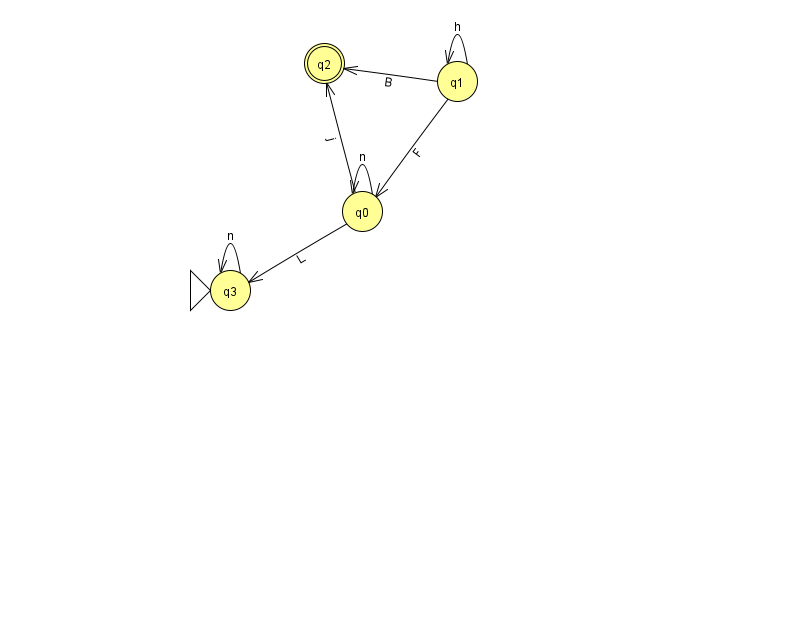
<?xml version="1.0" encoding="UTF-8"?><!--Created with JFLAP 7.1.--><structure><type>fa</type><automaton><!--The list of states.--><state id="0" name="q0"><x>362.0</x><y>198.0</y></state><state id="1" name="q1"><x>457.0</x><y>68.0</y></state><state id="2" name="q2"><x>324.0</x><y>50.0</y><final/></state><state id="3" name="q3"><x>230.0</x><y>277.0</y><initial/></state><!--The list of transitions.--><transition><from>1</from><to>1</to><read>h</read></transition><transition><from>1</from><to>0</to><read>F</read></transition><transition><from>0</from><to>2</to><read>j</read></transition><transition><from>1</from><to>2</to><read>B</read></transition><transition><from>0</from><to>3</to><read>L</read></transition><transition><from>0</from><to>0</to><read>n</read></transition><transition><from>3</from><to>3</to><read>n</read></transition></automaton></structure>